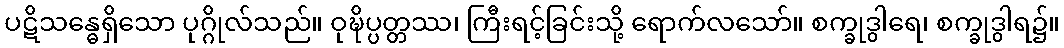
ပဋိသန္ဓေရှိသော ပုဂ္ဂိုလ်သည်။ ဝုဍ္ဎိပ္ပတ္တဿ၊ ကြီးရင့်ခြင်းသို့ ရောက်လသော်။ စက္ခုဒွါရေ၊ စက္ခုဒွါရ၌။